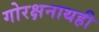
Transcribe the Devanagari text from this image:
गोरक्षनाथही